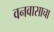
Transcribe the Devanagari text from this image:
वनवासाचा